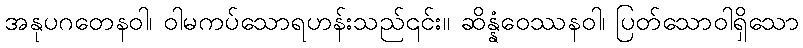
အနုပဂတေနဝါ၊ ဝါမကပ်သောရဟန်းသည်၎င်း။ ဆိန္နံဝေဿနဝါ၊ ပြတ်သောဝါရှိသော